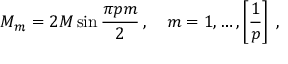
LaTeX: M _ { m } = 2 M \sin \frac { \pi p m } { 2 } \: , \quad m = 1 , \ldots , \left[ \frac { 1 } { p } \right] \: ,